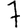
Digit: 7